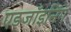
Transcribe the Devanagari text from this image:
एडजॉइनिंग